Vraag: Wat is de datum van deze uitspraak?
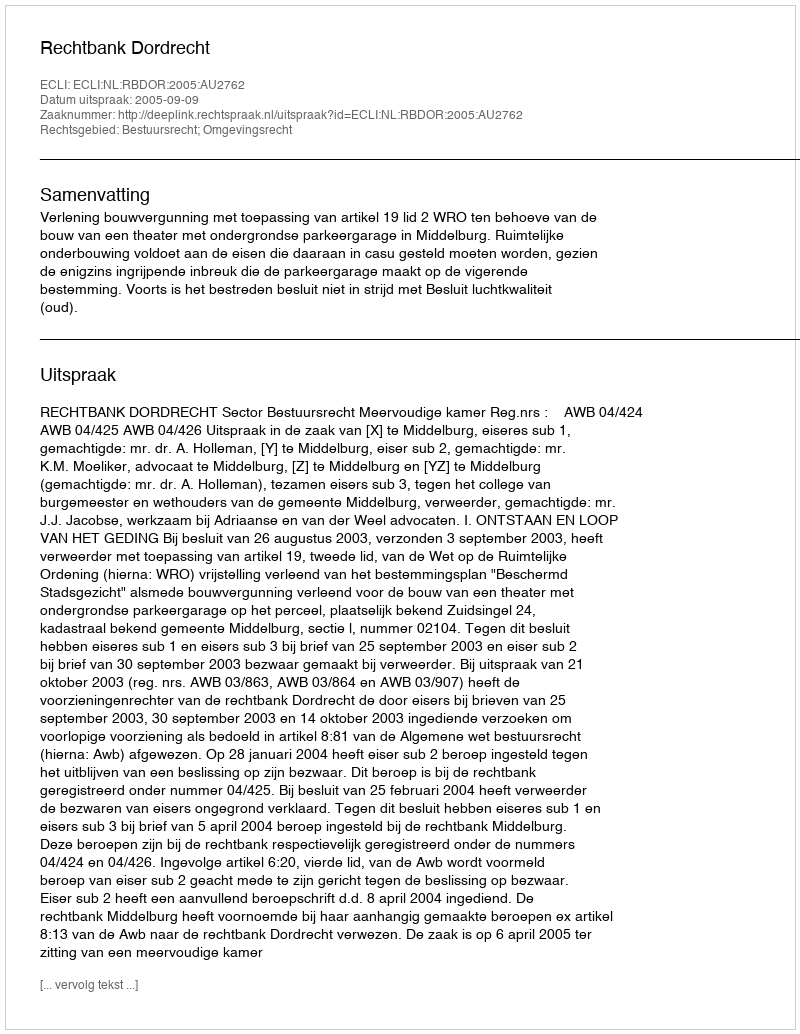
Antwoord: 2005-09-09